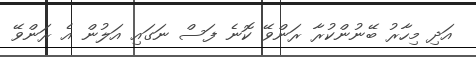
އަދި މިހާރު ބޭނުންކުރާ ރަންވޭ ކޮނެ ފަސް ނަގައި އަލުން އެ ރަންވޭ